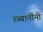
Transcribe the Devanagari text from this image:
रब्बानींनी